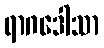
ရာဂဒေါသာ